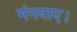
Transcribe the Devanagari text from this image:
मंगवाए।